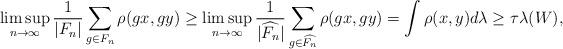
LaTeX: \begin{align*}\limsup_{n\rightarrow\infty} \frac{1}{|F_n|} \sum_{g\in F_n} \rho(gx,gy) \ge\limsup_{n\rightarrow\infty} \frac{1}{|\widehat{F_n}|} \sum_{g\in \widehat{F_n}} \rho(gx,gy)=\int \rho(x,y) d \lambda \ge \tau\lambda(W),\end{align*}